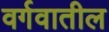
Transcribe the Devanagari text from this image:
वर्गवातील